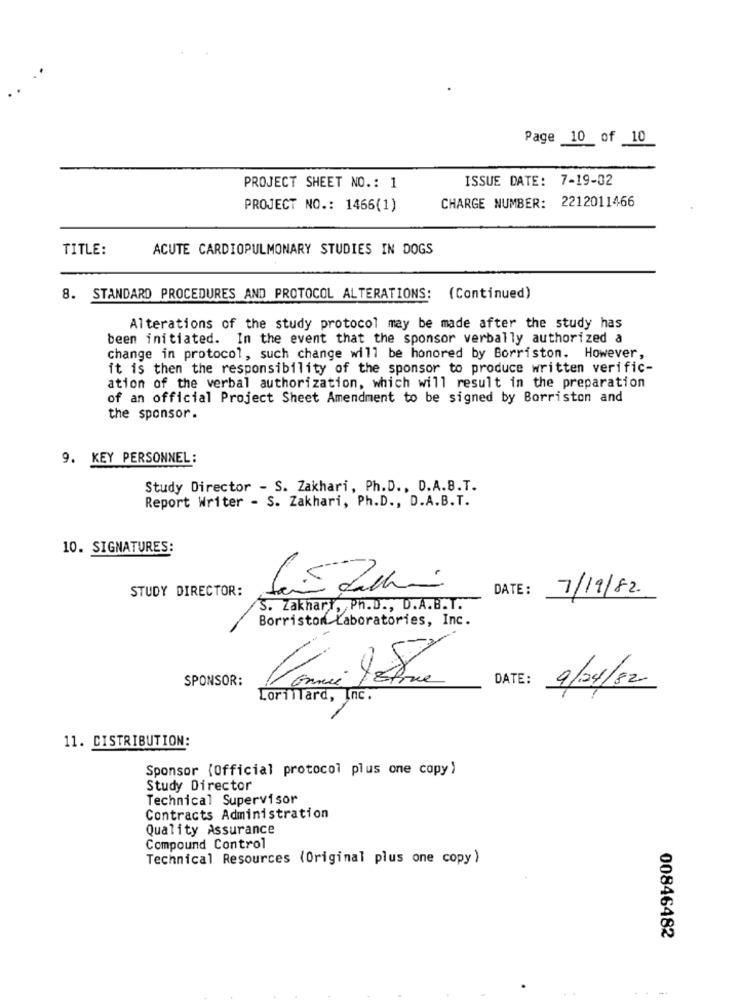
Page 10 of 10
ISSUE DATE: 7-19-02
PROJECT SHEET NO .: 1
CHARGE NUMBER: 2212011466
PROJECT NO .: 1466(1)
TITLE:
ACUTE CARDIOPULMONARY STUDIES IN DOGS
8. STANDARD PROCEDURES AND PROTOCOL ALTERATIONS: (Continued)
Alterations of the study protocol may be made after the study has
been initiated. In the event that the sponsor verbally authorized a
change in protocol, such change will be honored by Borriston. However,
it is then the responsibility of the sponsor to produce written verific-
ation of the verbal authorization, which will result in the preparation
of an official Project Sheet Amendment to be signed by Borriston and
the sponsor.
9. KEY PERSONNEL:
Study Director - S. Zakhari, Ph.D ., D.A.B.T.
Report Writer - S. Zakhari, Ph.D ., D.A.B.T.
10. SIGNATURES:
STUDY DIRECTOR:
DATE:
7/19/82
S. Zakhart, Ph.D ., D.A.B.T.
Borristom Laboratories, Inc.
SPONSOR:
DATE:
9/04/82
Lorillard, Inc.
11. DISTRIBUTION:
Sponsor (Official protocol plus one copy )
Study Director
Technical Supervisor
Contracts Administration
Quality Assurance
Compound Control
Technical Resources (Original plus one copy )
00846482